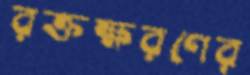
রক্তক্ষরণের